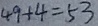
4 9 + 4 = 5 3